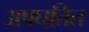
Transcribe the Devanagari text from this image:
अपघतित